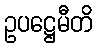
ဥပဋ္ဌေမီတိ